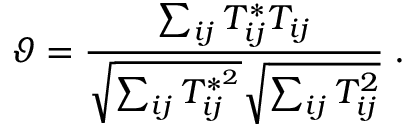
\vartheta = \frac { \sum _ { i j } T _ { i j } ^ { * } T _ { i j } } { \sqrt { \sum _ { i j } T _ { i j } ^ { * ^ { 2 } } } \sqrt { \sum _ { i j } T _ { i j } ^ { 2 } } } \; .